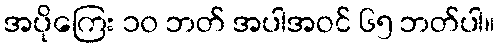
အပိုကြေး ၁၀ ဘတ် အပါအဝင် ၆၅ ဘတ်ပါ။